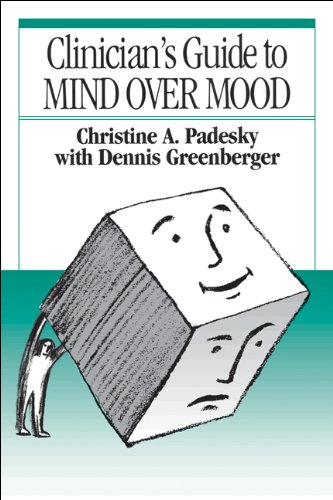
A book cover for Clinician's Guide to Mind Over Mood; Christine Padesky; Medical Books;